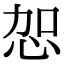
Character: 㤎